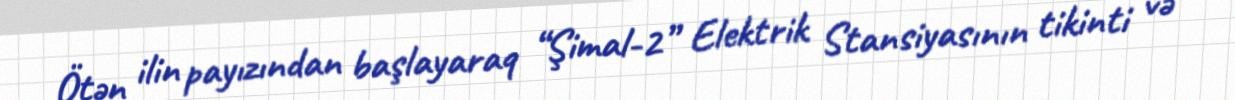
Ötən ilin payızından başlayaraq “Şimal-2” Elektrik Stansiyasının tikinti və